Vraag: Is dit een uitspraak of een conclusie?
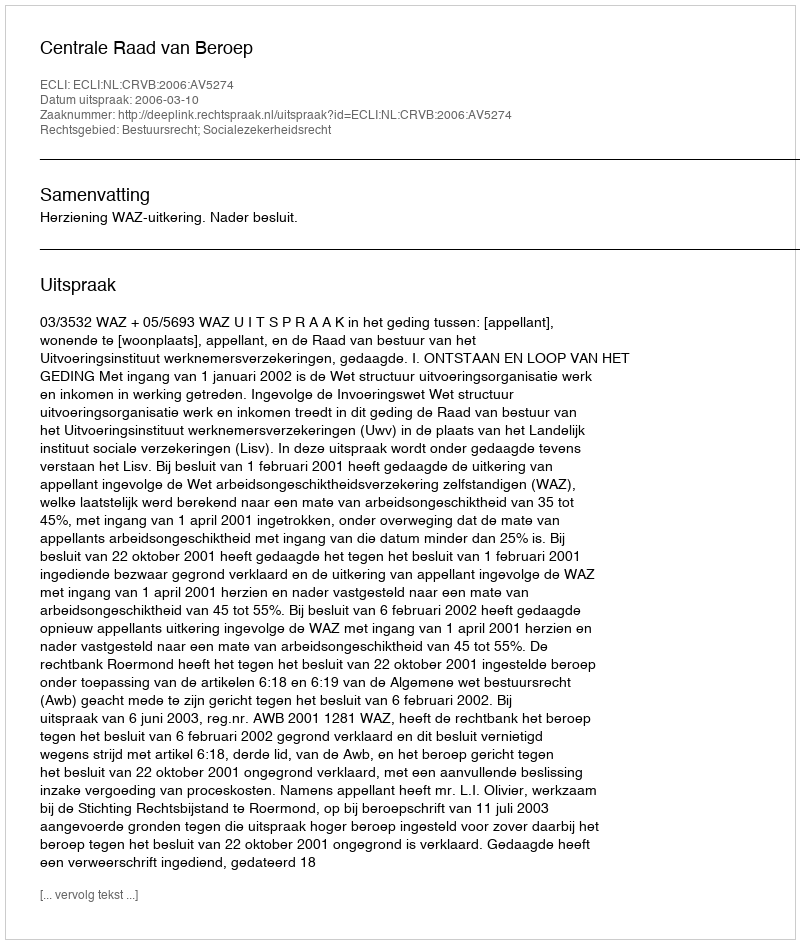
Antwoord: Uitspraak